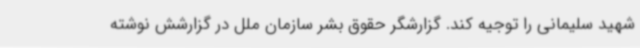
شهید سلیمانی را توجیه کند. گزارشگر حقوق بشر سازمان ملل در گزارشش نوشته